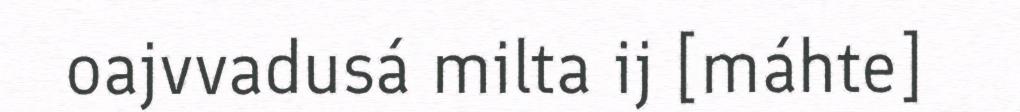
oajvvadusá milta ij [máhte]